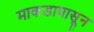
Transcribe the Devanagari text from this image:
माकडापासून